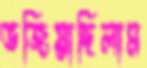
ভজিয়াছিলাম